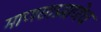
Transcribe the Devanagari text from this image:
माणसाप्रमाणेच